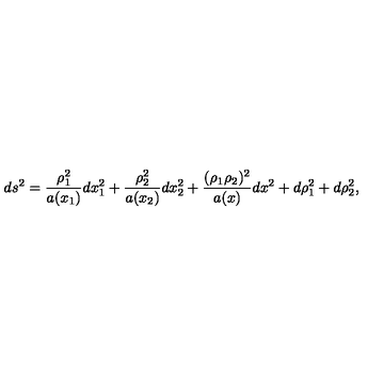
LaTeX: d s ^ { 2 } = \frac { \rho _ { 1 } ^ { 2 } } { a ( x _ { 1 } ) } d x _ { 1 } ^ { 2 } + \frac { \rho _ { 2 } ^ { 2 } } { a ( x _ { 2 } ) } d x _ { 2 } ^ { 2 } + \frac { ( \rho _ { 1 } \rho _ { 2 } ) ^ { 2 } } { a ( x ) } d x ^ { 2 } + d \rho _ { 1 } ^ { 2 } + d \rho _ { 2 } ^ { 2 } ,